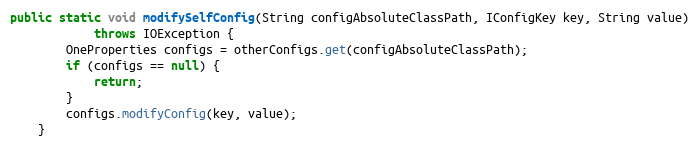
Language: Java
public static void modifySelfConfig(String configAbsoluteClassPath, IConfigKey key, String value)
            throws IOException {
        OneProperties configs = otherConfigs.get(configAbsoluteClassPath);
        if (configs == null) {
            return;
        }
        configs.modifyConfig(key, value);
    }